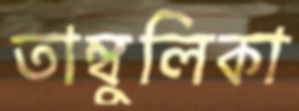
তাম্বুলিকা